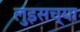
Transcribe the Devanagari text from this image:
लुइसच्या